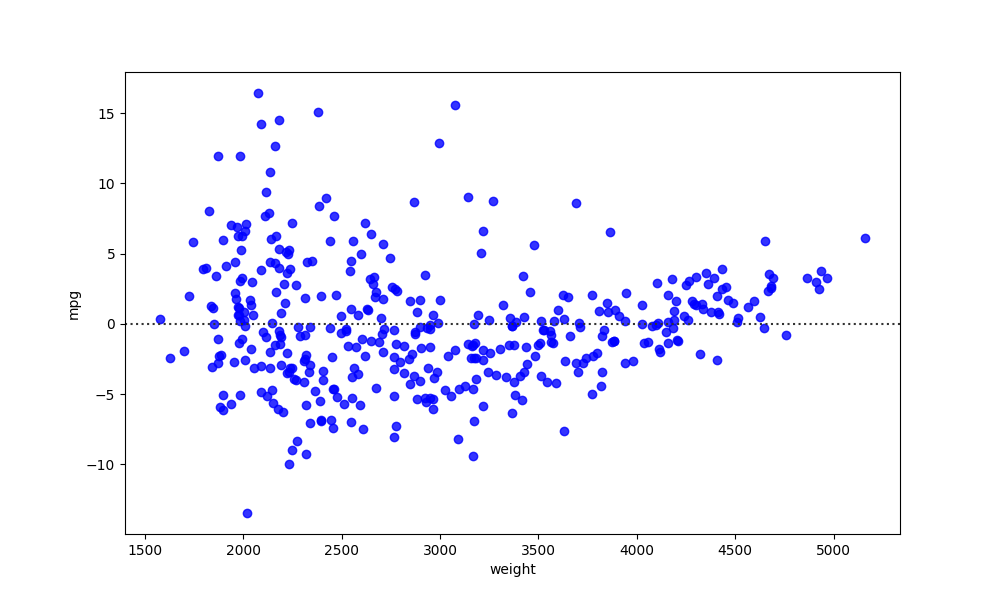
python, seaborn, residplot, lowess=False, scatter_color=blue